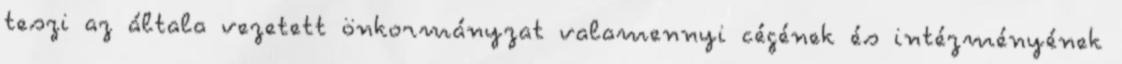
teszi az általa vezetett önkormányzat valamennyi cégének és intézményének